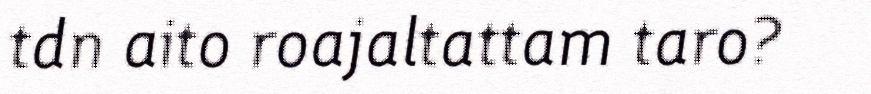
tdn aito roajaltattam taro?